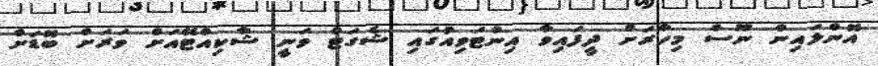
އޮންލައިން ނޫސް މިހާރަށް ދީފައިވާ އިންޓަވިއުގައި ޝެގަޓް ވަނީ ޝާކިއްޓޭއަށް ވަރަށް ބޮޑަށް